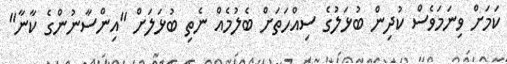
ކަމަށް ވިނަމަވެސް ކުދިިން ބުޅަލުގެ ސިއްހަތަށް ބެލުމެއް ނެތި ބުޅަލަށް "އިންސާާނުންގެ ކާނާ"